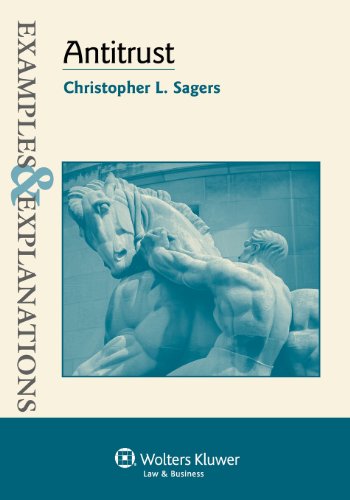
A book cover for Examples & Explanations: Antitrust; Christopher L. Sagers; Law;